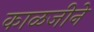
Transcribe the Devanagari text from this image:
काळजीने